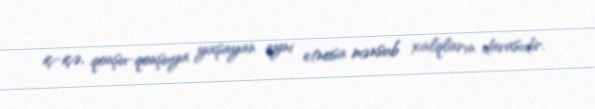
iç-içə, qonşu-qonşuya yaşayan eyni etnosa mənsub xalqların davasıdır.